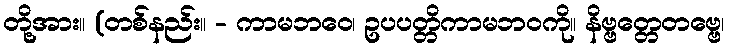
တို့အား။ (တစ်နည်း။ - ကာမဘဝေ၊ ဥပပတ္တိကာမဘဝကို။ နိဗ္ဗတ္တေတဗ္ဗေ၊